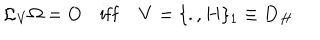
{ \cal L } _ { { \bf V } } \Omega = O \quad \mathrm { i f f } \quad { \bf V } = \{ . , H \} _ { 1 } \equiv { \bf D } _ { H }